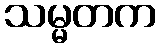
သမ္မတက